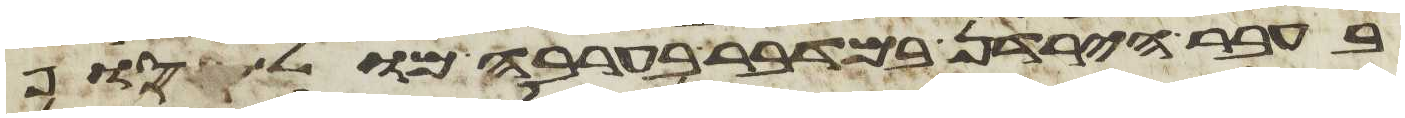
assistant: בעבר הירדן במדבר בערבה מול סוף